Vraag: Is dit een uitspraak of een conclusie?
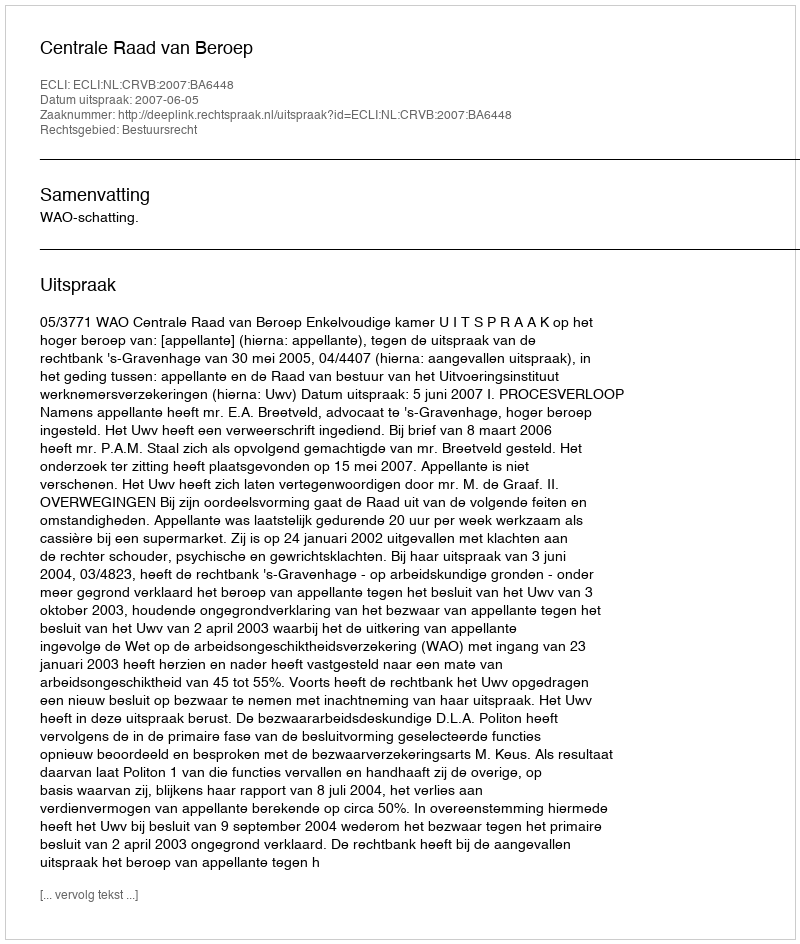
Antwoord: Uitspraak